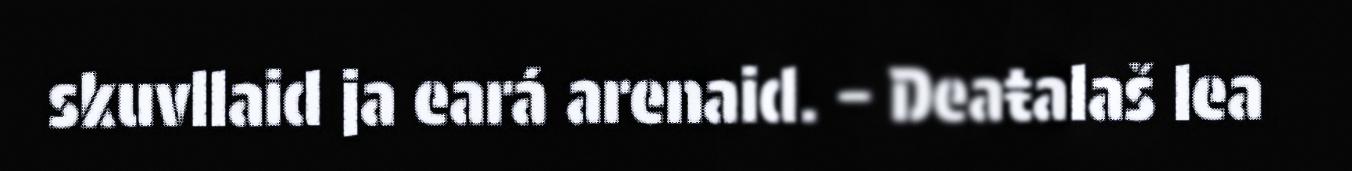
skuvllaid ja eará arenaid. – Deaŧalaš lea